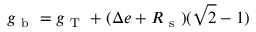
g _ { \mathrm { ~ b ~ } } = g _ { \mathrm { ~ T ~ } } + ( \Delta e + R _ { \mathrm { ~ s ~ } } ) ( \sqrt { 2 } - 1 )